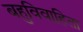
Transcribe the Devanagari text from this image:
बहुविवाहिता